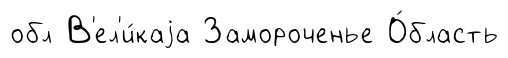
обл В'ел'и́каjа Замороченье О́бласть